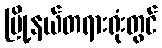
မြို့နယ်တရားရုံးတွင်